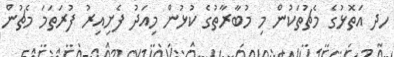
ހދ އަތޮޅުގެ މެޗުތަކުން މި މުބާރާތުގެ ކުޅުން މިއަދު ފެށިއިރު ފުރަތަމަ މެޗުން